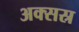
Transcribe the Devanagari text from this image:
अक्सस्र